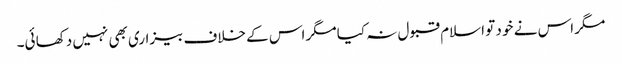
مگر اس نے خو د تو اسلام قبو ل نہ کیا مگر اس کے خلاف بیزاری بھی نہیں دکھا ئی۔